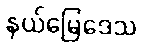
နယ်မြေဒေသ